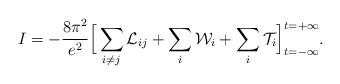
LaTeX: \begin{align*}I = -\frac{8\pi^2}{e^2} \Big[\sum_{i \neq j}{\cal L}_{ij} + \sum_i {\cal W}_i + \sum_i {\cal T}_i\Big]_{t = -\infty}^{t = +\infty}.\end{align*}